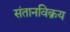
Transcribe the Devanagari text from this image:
संतानविक्रय